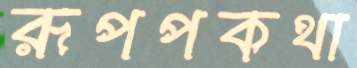
রূপপকথা